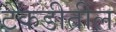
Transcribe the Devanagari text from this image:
टेकडीतील